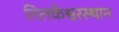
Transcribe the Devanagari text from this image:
तिलकेश्वरस्थान